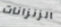
الزنزانات